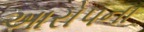
આરોપના